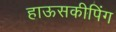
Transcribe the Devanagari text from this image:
हाऊसकीपिंग